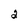
Character: 2